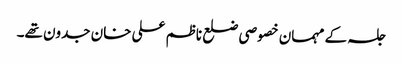
جلسہ کے مہمان خصوصی ضلع ناظم علی خان جدون تھے۔